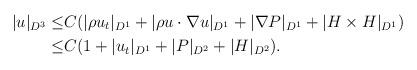
LaTeX: \begin{align*}|u|_{D^3}\leq& C(|\rho u_t|_{D^1}+|\rho u\cdot \nabla u|_{D^1}+|\nabla P|_{D^1}+|H \times H|_{D^1})\\\leq& C(1+|u_t|_{D^1}+| P|_{D^2}+|H|_{D^2}).\end{align*}